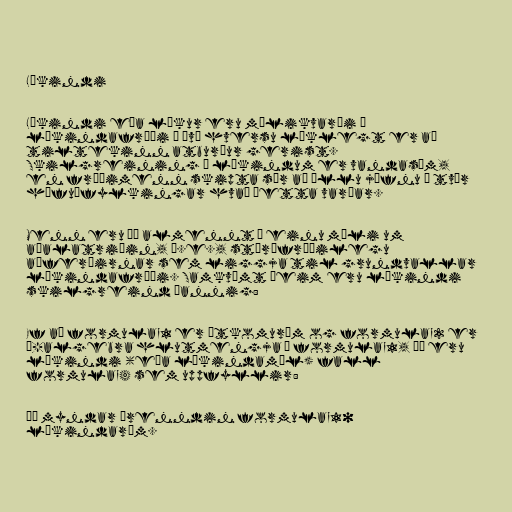
Líkindi

Líkindi eða líkur eru mælikvarði í
líkindafræði á því hversu líklegt er að
tiltekinn atburður gerist.
Skilgreining á líkindum er vandasöm,
en fræðimenn skipta sér að öllu jöfnu í tvær
höfuðfylkingar hvað þetta varðar.

Menn eru þó almennt á einu máli um
aðalatriðin, þ.e., stærðfræðilegu
aðferðirnar sem liggja til grundvallar
líkindafræði. Samkvæmt þeim eru líkindi
skilgreind þannig:

Ef að formula_1 er útkomurúm og formula_2 er
σ-algebra hlutmengja í formula_1, þá eru
líkindi (eða líkindamál) fall
formula_4 sem uppfyllir:

Þá myndar þrenndin formula_10
líkindarúm.